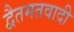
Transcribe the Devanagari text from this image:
द्वैतमतवादी